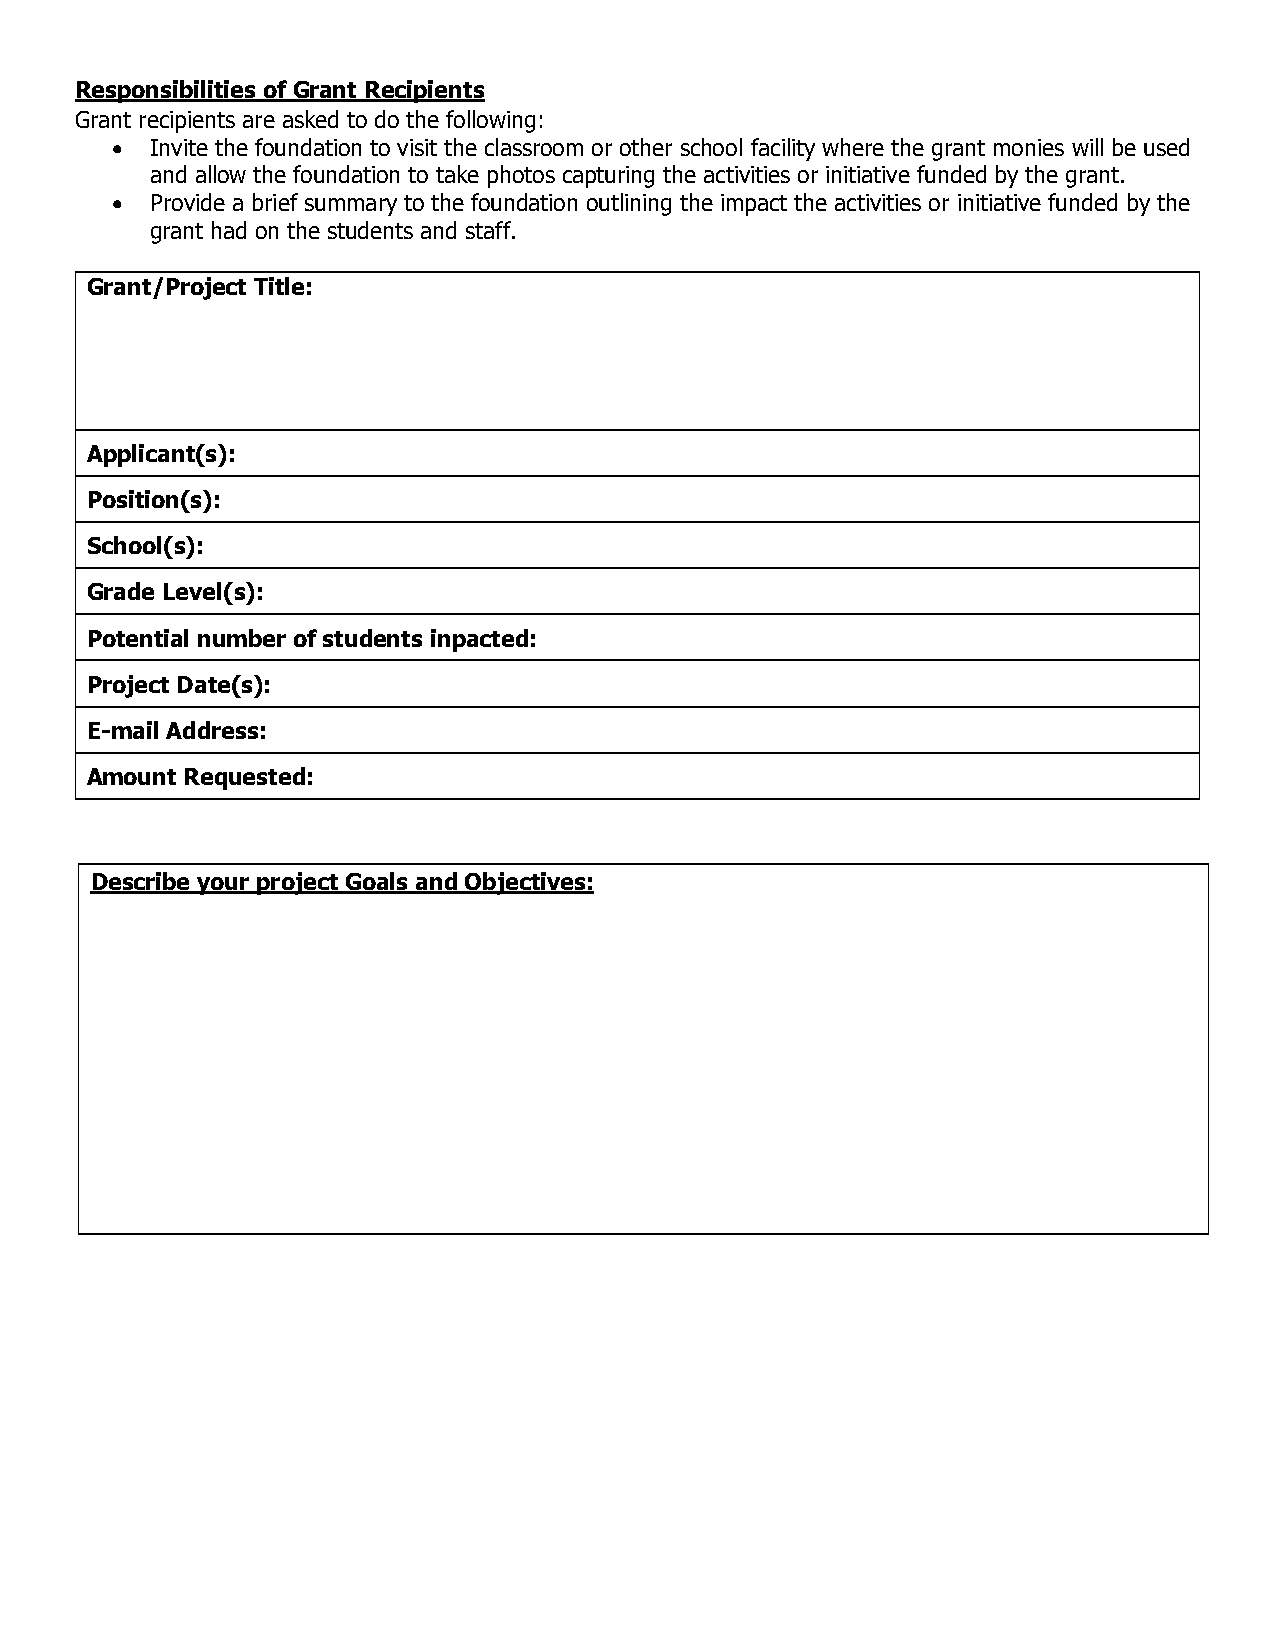
Responsibilities of Grant Recipients
 Grant recipients are asked to do the following:
 •  Invite the foundation to visit the classroom or other school facility where the grant monies will be used
 and allow the foundation to take photos capturing the activities or initiative funded by the grant.
 •  Provide a brief summary to the foundation outlining the impact the activities or initiative funded by the
 grant had on the students and staff.
 Grant/Project Title:
 Applicant(s):
 Position(s):
 School(s):
 Grade Level(s):
 Potential number of students inpacted:
 Project Date(s):
 E-mail Address:
 Amount Requested:
 Describe your project Goals and Objectives: